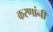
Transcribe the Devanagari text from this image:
करणांनी